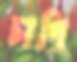
চাপি